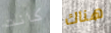
كانت هناك